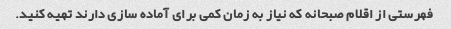
فهرستی از اقلام صبحانه که نیاز به زمان کمی برای آماده سازی دارند تهیه کنید.